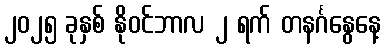
၂၀၂၅ ခုနှစ် နိုဝင်ဘာလ ၂ ရက် တနင်္ဂနွေနေ့